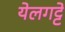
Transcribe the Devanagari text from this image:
येलगट्टे